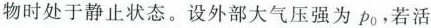
物时处于静止状态。设外部大气压强为 p_{0}，若